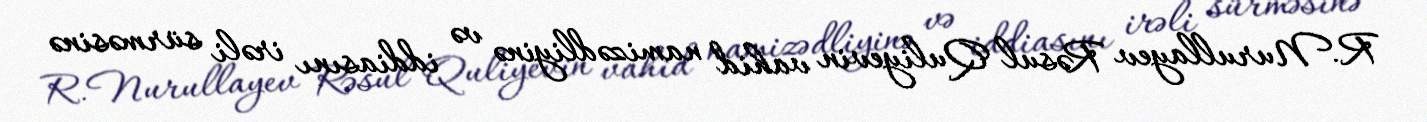
R.Nurullayev Rəsul Quliyevin vahid namizədliyinə və iddiasını irəli sürməsinə